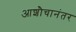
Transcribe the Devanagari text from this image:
आशौचानंतर